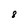
Character: 8